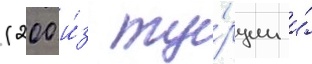
(200 и́з ту́рции и́